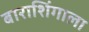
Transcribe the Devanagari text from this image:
बाराशिंगाला